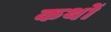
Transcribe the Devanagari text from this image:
कथों